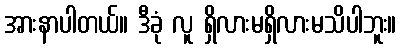
အားနာပါတယ်။ ဒီခုံ လူ ရှိလားမရှိလားမသိပါဘူး။